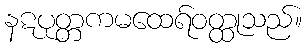
နဋပုတ္တကမထေရ်ဝတ္ထုသည်။